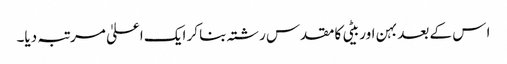
ا س کے بعد بہن اور بیٹی کا مقدس رشتہ بنا کر ایک اعلیٰ مرتبہ دیا۔